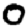
Digit: 0